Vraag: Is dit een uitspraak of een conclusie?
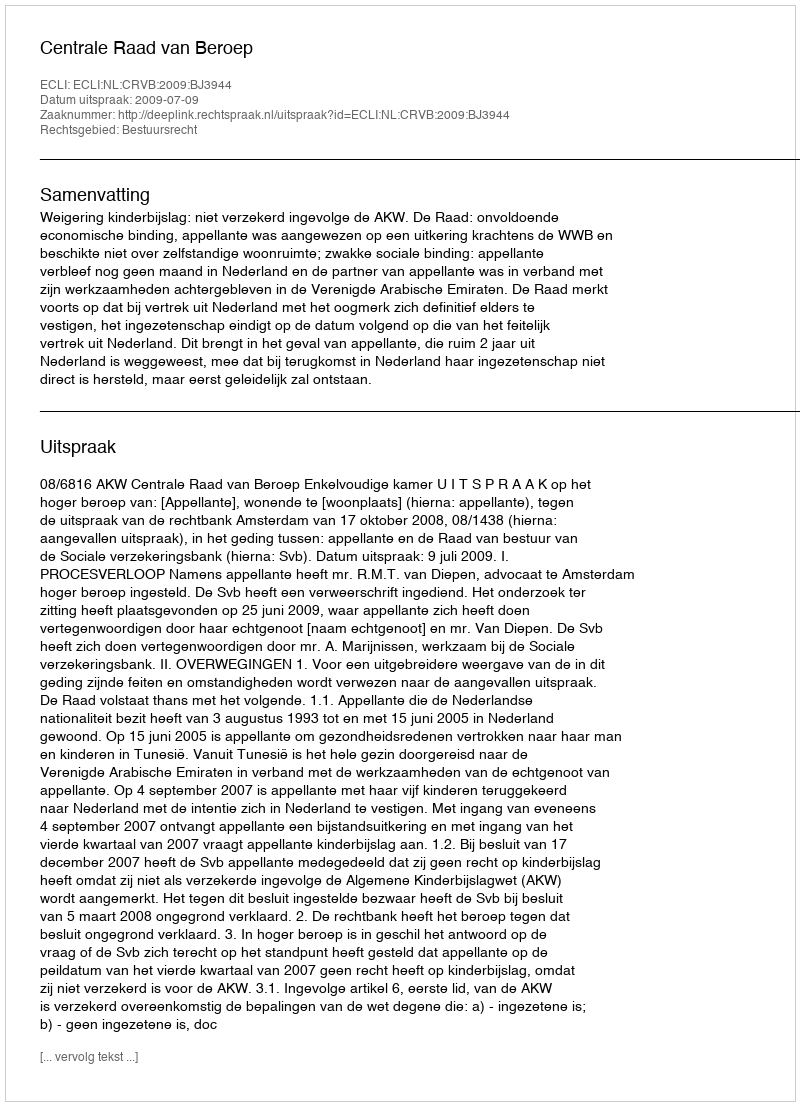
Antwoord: Uitspraak